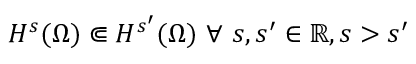
H ^ { s } ( \Omega ) \Subset H ^ { s ^ { \prime } } ( \Omega ) \ \forall \ s , s ^ { \prime } \in \mathbb { R } , s > s ^ { \prime }